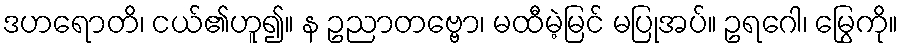
ဒဟရောတိ၊ ငယ်၏ဟူ၍။ န ဥညာတဗ္ဗော၊ မထီမဲ့မြင် မပြုအပ်။ ဥရဂေါ၊ မြွေကို။